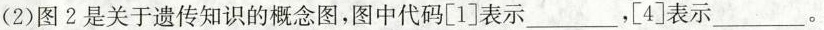
(2)图2是关于遗传知识的概念图，图中代码[1]表示___，[4]表示___。